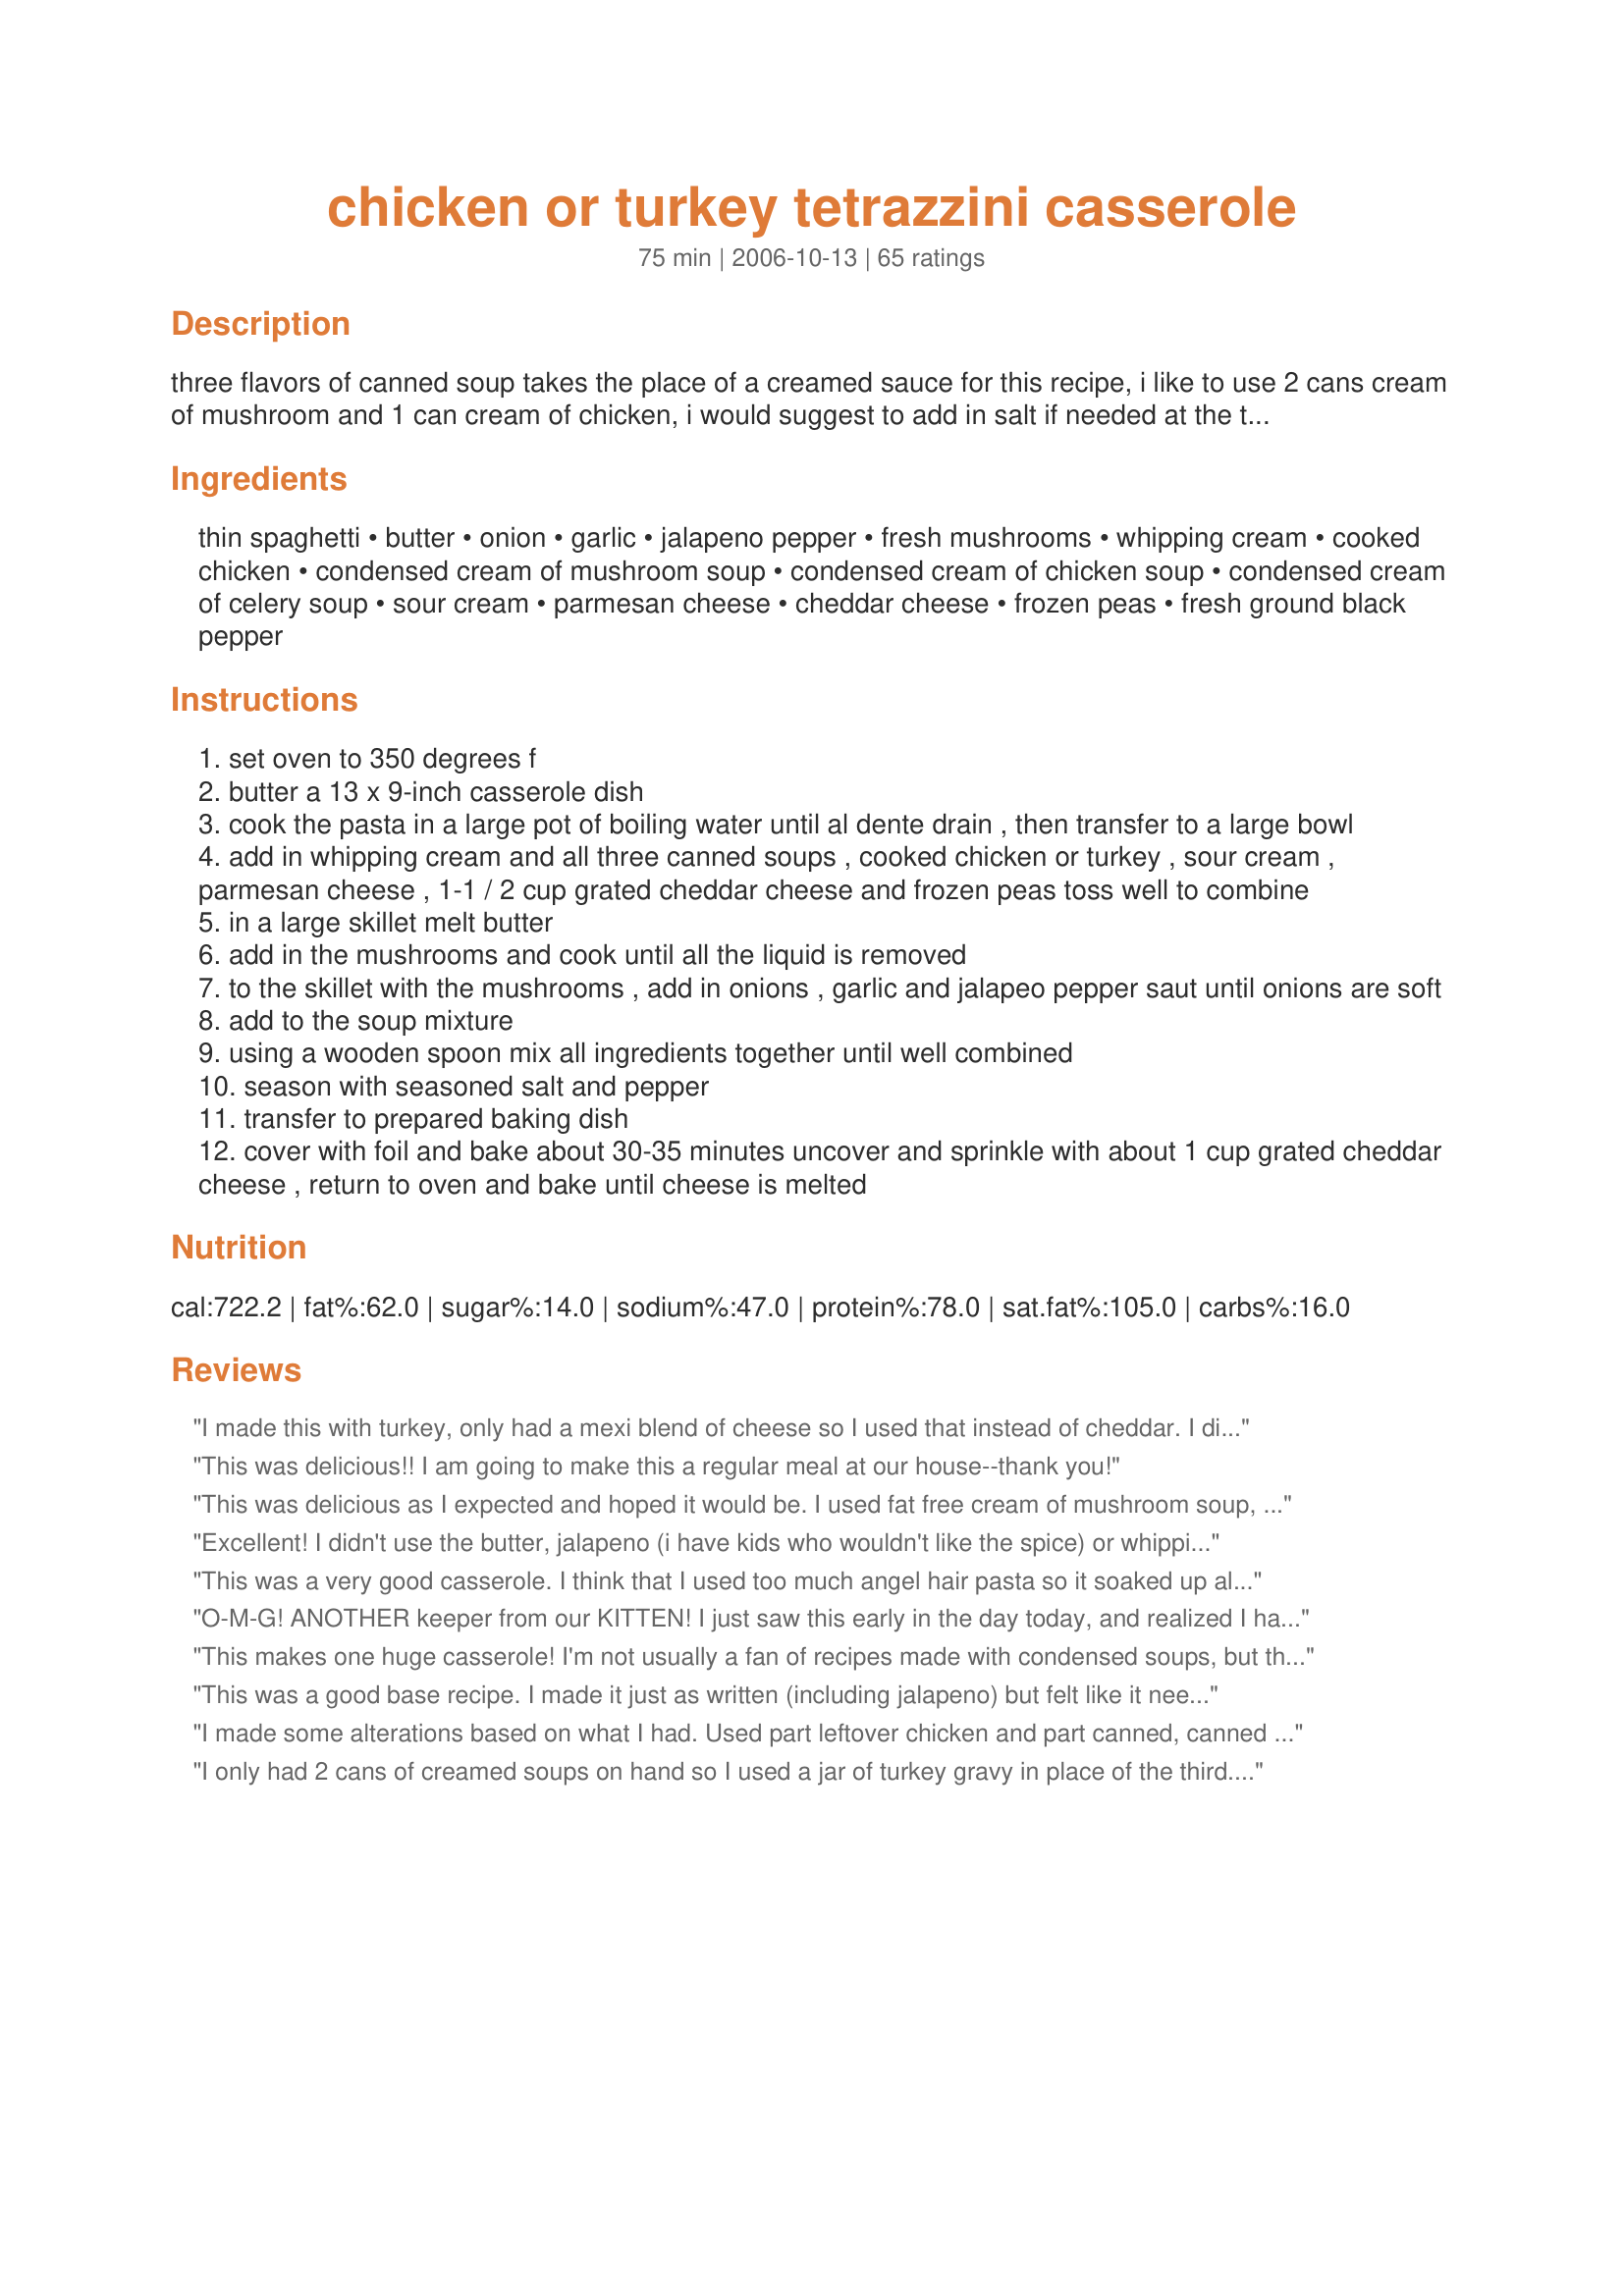
chicken or turkey tetrazzini casserole
Preparation time: 75 minutes

three flavors of canned soup takes the place of a creamed sauce for this recipe, i like to use 2 cans cream of mushroom and 1 can cream of chicken, i would suggest to add in salt if needed at the table as the creamed soups have enough salt already added . this is really good! :)

Ingredients:
thin spaghetti, butter, onion, garlic, jalapeno pepper, fresh mushrooms, whipping cream, cooked chicken, condensed cream of mushroom soup, condensed cream of chicken soup, condensed cream of celery soup, sour cream, parmesan cheese, cheddar cheese, frozen peas, fresh ground black pepper

Steps:
set oven to 350 degrees f
butter a 13 x 9-inch casserole dish
cook the pasta in a large pot of boiling water until al dente drain , then transfer to a large bowl
add in whipping cream and all three canned soups , cooked chicken or turkey , sour cream , parmesan cheese , 1-1 / 2 cup grated cheddar cheese and frozen peas toss well to combine
in a large skillet melt butter
add in the mushrooms and cook until all the liquid is removed
to the skillet with the mushrooms , add in onions , garlic and jalapeo pepper saut until onions are soft
add to the soup mixture
using a wooden spoon mix all ingredients together until well combined
season with seasoned salt and pepper
transfer to prepared baking dish
cover with foil and bake about 30-35 minutes uncover and sprinkle with about 1 cup grated cheddar cheese , return to oven and bake until cheese is melted

Reviews:
I made this with turkey, only had a mexi blend of cheese so I used that instead of cheddar. I did have the parm. though. This casserole turned out wonderful, followed per directions (even the jalapeno) except for using the cheese mix. Very good, will cut and wrap in individual servings and put in a gallon zip lock and freeze for future meals. Very good. One more thing I did different was to not use the whole amount of thin spaghetti I just added to the sauce a little at a time so I would have enough sauce for it. I also broke the pasta in half before cooking.
This was delicious!! I am going to make this a regular meal at our house--thank you!
This was delicious as I expected and hoped it would be. I used fat free cream of mushroom soup, low fat sour cream and 2 percent milk instead of the cream...and added thinly sliced celery....it was a big hit Kit...thank you..added a side salad and it was a lovely lunch for my daughter and mother-in-law!<br/><br/>UPDATE - made this again and added a cup of peas - we love it!
Excellent! I didn't use the butter, jalapeno (i have kids who wouldn't like the spice) or whipping cream, & instead subbed chix broth. I was also out of spaghetti so I used egg noodles! Even with all my substitutions, it was very tasty! My 16 month old ate an adult sized portion! Thanks!
This was a very good casserole. I think that I used too much angel hair pasta so it soaked up all the creamy sauce and I left out the jalenpeno which I think would give it just the right kick. So next time I'll follow the recipe exactly! :-) But, even then it was yummy!
O-M-G! ANOTHER keeper from our KITTEN! I just saw this early in the day today, and realized I had everything on hand to make the dish. I too prefer thin spaghetti or vermicelli, so that's all I ever have on hand. I rarely buy cream, so I did as I normally do, and sub'd whole evaporated milk....I also like the extra richness and taste of evaporated milk. Had layed chicken stips in the refridge last night to use in "something" for tonight. There isn't a single ingredient in this recipe that isn't a favorite of mine, so it made for an over the top meal, with mucho leftovers...nothing here that won't freeze well! Ya know, KITTEN, I long ago started going through your massive number of cookbooks, and I have to say, ne'r a day goes by that I don't come across something in "reviews" that I would reject. I'll never get through the cookbooks, but the "tried" recipes keep me in the kithcen! This is just another JEWEL from your cooking experience.
This makes one huge casserole! I'm not usually a fan of recipes made with condensed soups, but this one was pretty good. The mushrooms sauteed in butter is the crowning glory.
This was a good base recipe. I made it just as written (including jalapeno) but felt like it needed something. I made it again, but this time added some canned fried onions to the mixture, then sprinkled some on top when I put it back in the oven. I thought it added just the right amount of flavor. I'll definitely be making it again. Thanks!
I made some alterations based on what I had. Used part leftover chicken and part canned, canned mushrooms, no jalepenos since a little one was eating it, no cream so I whisked a tbsp of mayo with about 3 tbsp of milk, 1/2 jar of pimentos, and preminced garlic.<br/>This stuff is awesome for cold snowy days!!
I only had 2 cans of creamed soups on hand so I used a jar of turkey gravy in place of the third. This final product was delicious, so I recommed using a jar of gravy if you, too, are short on creamed soup (and don't feel like running to the store). 

The reviewer before me (akgrown) commented that she would use less pasta next time so all the sauce does not get absorbed. I suggest following the recipe but using a whole can of chicken or turkey broth to make sure the pasta does not absorbe all the sauce (making it a tad bit dry).

I intentionally used a whole can of chicken stock because I intended to freeze half for later It is my experience that freezing a pasta dish, even unbaked first, requires a bit more liquid than if baked immediately. THe half I did bake immediately was perfect, even with the additional liquid.

Oh, I did not add the parmesan cheese mixture of peas to the mixture. The parmegan cheese was omitted so it would not absorbe liquid--I put the shaker out when we eat. The peas were omitted but I did serve separately cooked peas on the side.

Next time I make it I shall either substitute another can of creamed soup or gravy for the sour cream. One person in the family does not like sour cream and it can be detected in the final result. Even with this one complaint (from a soup cream hater), I give it 5 starts--it's an easy thing to fix.
Great comfort food. I used chicken, fresh mushrooms, and added all of the optional ingredients. DH repeated how good it was a couple of times. Thanks for another winner, Kitten.
Another sterling recipe from Kitchencal! I cut the recipe in half and it worked perfectly. I used a bit more soup than the recipe called for and had no jalapenos but other than that followed the recipe. It was delicious!&lt;br/&gt;I just finished eating a goodly portion and have a very contented feeling in my tummy. Thanks for posting this.
YUM!! This tetrazzini is awesome! Although I think it could have used a half a cup or so of milk, it was still creamy, not dry like every other tetrazzini I&#039;ve tried. The turkey I used had been smoked so that added a whole other level of deliciousness. Thanks for the keeper!
Yummmm.....great way to use up the last of the Thanksgiving Turkey! We loved it....
Hubby and I were not fans of this at all. My friend enjoyed it though so I let her take it all home. I don't know what went wrong...
This was great! I loved how easy it was. I didn't try to jalapeno, but I think I will next time. Very good! I cut the recipe in half and still had a ton of it. My husband devoured most of the pan and he's not a huge pasta lover. Thanks Kittencal!
Delicious! This was my first attempt at making tertazzini & it came out perfectly! This was so creamy and yummy, it is a definite keeper & it'll be perfect for cold winter days. I did not have Parmesan & I ran out of cheddar so I supplimented the cheese portion with some grated mozzarella (worked well). I also completely forgot to add seasoning but it still tasted lovely. I would probably add some more peas next time around, and DH suggested using a thicker ribbon pasta as well, but personally, I think it is pretty much perfect as it - thanks for a yummy recipe!
This recipe was excellent. I didn&#039;t add any peas because I don&#039;t like peas. This recipe made two decent size dishes so I froze one of them. I also didn&#039;t have any spaghetti noodles so I used penne. My family loved this. I was skeptical about the jalapeno because I don&#039;t care for spicy foods, and it was not spicy in the least. I would actually consider adding another diced jalapeno the next time I make this.
Hey there, Kittencal-

This recipe was absolutely excellent! We loved it. I used chicken. Turkey would have been great but is a lot harder to come by than chicken. I cannot believe how good this was!!!!!!!!! Total comfort and winter food. This is probably one of my favorite recipes that I have found here on zaar and I have made many recipes on here. A definte keeper. Everyone NEEDS this recipe! Thank you, KC. :-)
Yet another recipe that I've prepared for my Bible Study group...12 adults/12 kids under five tested and appproved! I just finished the leftovers and it was even better the next day! I omitted the jalapeno pepper and found that the garlic and onions were sufficient for flavor and heat. The peas added a nice touch and to top off an already excellent recipe, I purchased a couple of roasted chickens. Another hit from Kittencal!
This was very good and extra rich! My personal opinion was that it was too thick for me, and perhaps next time I will use milk instead of the cream to make it less heavy and thick. I used a bit less noodles so that it would be slightly more saucy and it was perfect. I might also add chopped celery as I think this will add more flavor and texture. Thanks!
Great creamy taste! I modified this to make it a bit healthier, and cut the recipe in half while at it. I used Pasta Roni fettucinne, skim milk in place of cream, 2% cottage cheese for sour cream, and used 1/2 can each of cream of mushroom and cream of chicken & it came out great. Great for a snowy evening. Thanks for a good one.
This was wonderful. My only change was I used 1 cup of chicken broth instead of 1/2, I used 1/2 cup of grated smoked gouda cheese in the casserole instead of cheddar (just cause thats what I had on hand)and I added 1-1/2 chopped red bell pepper (for color & flavor) sauteed with the onions and mushrooms. It turned out moist and flavorful. Everyone gave it 5 stars and is looking forward to tomorrows left-overs. Thanks Kittencal!!
We loved this recipe. I did make some mods since the original recipe was so high in fat, and after thanksgiving I was scared to make it. I used milk instead of cream, lowfat sour cream, low fat cheeses, and the healthy quest soups from Campbell's and didn't add any salt. I used leftover turkey...and next time won't use so many mushrooms. Despite all that it still tasted great!!!! DH had seconds and took a big container of it for lunch. This is a winner..will make it again!!!
This was the best tetrazzini i've ever had. Very flavorable. It was a very good wintery meal and i will definitely make this again.Thank you Kittencal!
This was good, but gosh what a "gut bomb"! This casserole is super rich and heavy. I used turkey, omitted one can of soup, cut back on the amount of pasta, skipped the jalapeno, used garlic powder, whole milk and added peas. It is really tasty, but you can't eat much at one time. It is definitely not figure friendly. Give it a try. I am sure you will enjoy.
Made this using frozen left over turkey from Thanksgiving. Entire family loved it. Used angle hair pasta as in place of thin spaghetti as that is our favorite. It is very rich, which I like; however, it did give some of my guests heartburn so don't let the great taste make you over fill yourself! (I will admit, those that got heartburn had seconds, which was their fault, not the recipes!) Thank you for sharing this recipe, I will be making this again!
This recipe is fantastic, and perfect for the holidays. Yes, it is rich and cheesy, but it isn't listed in the diet section. This is a hearty meal that can feed a crowd! We loved it!
Kitten,have made this many times,love it,i dont usually bake mine,but tonight I am.Thanks.
I just made this for dinner and it was wonderful. The only change I made was I didn't add any jalapeno's, we have little ones. I have enough leftover for another meal. Thanks for posting!
perfect for Thanksgiving leftovers! My Family of three had two servings and it was almost gone the first night. I will definitely use this recipe again.
This is the first recipe I have ever followed line by line and I would not change a thing! I had a ton of shredded chicken to use up so I searched "Chicken Casserole" and found this. Perfect, and as you stated it really doesn't need extra salt. I made the full recipe even though it's just my husband and I, so now we've got a dinner and lunch in the freezer for next week. Thanks for such a great recipe!
Well, this was an interesting one for us. I love Chicken/Turkey Tetrazzini, always have.. but I hate mushrooms...and I hate celery (don't mind the flavors. My British wife has never had it..she hates sour cream, jalapeno's and parmesan cheese and celery! I followed the recipe, except that I tossed the soups with the mushrooms, jalapeno in the blender and liquidized it. She said it was wonderful. I say it ranks up there with the best I've ever had. Only thing I would change is what another mentioned..breadcrumbs to give it a little bit of a crunchy top..but the flavor is perfect!!!

Thanks for another winner Kittencal!
It was a bit sour cream heavy. I also didn't like the taste the cream of celery gave it. If I'd make again, I'd def use 2 cans of mushroom instead.
Made this exactly as written....loved it! We made this in two pans and gave one pan to our neighbor who also loved it and requested a copy of the recipe. I will add more fresh mushrooms next time. Thanks so much for posting!
Kitz this was such a flavorful meal. Made this for my small group bible study. I doubled the recipe for the group. I have discovered that I'm thin spaghetti challenged. I could not get everything mixed (of course I had a huge amount). The spaghetti ended up in a big ball with all the other ingredients surrounding it. Next time I make this I think I'll use the thicker wheat spaghetti, mix all the ingredients together and pour over the spaghetti and forget about trying to mix them. With that said, once cooked, the flavors were outstanding. Thanks my friend
DH and I absolutely loved this. I gotta say, tho, that if you think this feeds eight - then you must have all lumberjacks for friends! Not a problem though - I just froze half of it and ate it later. Absolutely awesome flavors. Thanks again for another wonderful recipe, Kittencal!
Only changes I made were to sub milk for cream, fresh organic broccoli for frozen peas, and whole wheat rotini for spaghetti. Whole fam, including brother and his best friend, loved it. Only problem was finding room in the fridge for leftovers, but they will be gone by tomorrow.
Love this! I used a little celery seed since I didn't have a can of cream of celery, and used diced green chilis since that's what I had on hand. My kids prefer fettuccine noodles, and that worked great too. Kittenkal, thanks again for a marvelous recipe!
For those who like classic american casserole fare, this is a winner. It&#039;s extremely rich, and the cream is overkill. Use milk or even water instead. Light sour cream is also fine. I subbed out sliced celery for the peas with good results--just be sure to keep lots of veggies in it or it will be intolerably heavy.
I'm NEVER disappointed w/Kittencal's recipes. I had a Sunday evening to bring my family of 5 together and spend time together eating. They got 3rd's at the table and were discussing how after school on Monday how they'd split the leftovers. My picky husband loved it so he may have to fight the 2 teenagers today for leftovers after school and work. Thanks Kittencal, you're my inspiration!
Really tasty. I don't like all the chemicals and artificial stuff in the canned soups so I made a thick bechamel sauce instead. A lovely meal that the whole family enjoyed and a great way to use up chicken! Thanks!
This was outstanding Kitten. Excellant flavour, cheesey, but not heavy, filling and very comforting. Thanks so much for sharing. I will be making this easy casserole again. I used portabella mushrooms, jalapeno peppers, onion and shallots, parmesan, cheddar and jarlsberg cheeses. This was very yummy.
I thought this was a good base recipe. I added some more pepper, garlic, and a lil basil. wish I would've used a lil less sour cream and another can of mushroom soup instead of the celery soup. I will be making this one again.
I had some leftover turkey legs to use up and chose your recipe. We loved this dish. The jalapeno in this doesn't make it hot, just adds some nice flavor. I will use this recipe whenever we have some leftover poultry. Thank you so much for sharing this recipe with us, we love it.
Love this casserole! I used all the listed ingredients and it does make a lot but its great reheated! I liked the jalapeno but used too much (my own fault) so next time I'll cut back. I also added an extra can of chicken broth to keep everything moist. Next time I'm going to try ritz cracker crumbs along with the cheddar topping. Thanks Kittencal!
This is hands-down, THE BEST tetrazzini I&#039;ve ever made. I cut the butter and used low fat soups/sour cream - just delicious! My special addition was using smoked chicken - gave a unique taste and the smokiness really came through in the dish. Thanks so very much!!!
Oh, so very, very good! EXACTLY what I was looking for. <br/>I love Turkey Tetrazzini, but have never made it myself. This is it! This is what I wanted, exactly!<br/>I used a can of chicken instead of turkey, canned mushrooms (like the recipe suggested), light sour cream and eliminated the onion (sadly I'm allergic). I eliminated the butter, because instead of having to saute the mushrooms I used canned. I used jarred, pickled jalepenos, diced them up, added them to the mushrooms and garlic. I also cut back the cheddar cheese by 1/2 Cup to try to cut a few calories out. I made a half of a batch, so I used only the cream of mushroom and cream of chicken soups, as the recipe had the cream of celery as optional. <br/>I always try to make the recipe as close to the original as I can the first time I make it. The only alterations I made were to cut the calories a little. If you wanted, you could substitute the cream for 2 percent milk, as there is very little added to the recipe and I don't think it would make much difference. <br/>I would suggest mixing all of the ingredients in a seperate bowl first, until thoroughly mixed and then mixing it into the cooked noodles. Its kind of hard to stir into the spaghetti, and having to stir each ingredient as you add it is a bit of a pain. This is what I am going to do next time I make it.<br/>This was excellent, and I have added it to my favorites so I can make it again. The servings are huge, so really the calorie total is for a large serving. In looking at my batch that I made, which I scaled down to 4 servings, I can easily get 6 servings out of it.
Oh so good!!! I made it as stated except I left out the jalapeno and used milk instead of whipping cream. I used fresh mushrooms and leftover turkey.
Excellent dish. I made as directed, and it turned out great. I omitted the optional ingredients, and went for the turkey version. When I make this next time, I think that I will add a bit more cream, as I would like it a little creamer, but that is a very small thing. Overall fantastic taste and texture. 5 stars for sure. Thanks once again for a great recipe.
Tasted very good. Used turkey. Will make again.
This is excellent. I broke the spaghetti into two inch portions before cooking it so they wouldn't be so long. I didn't have a jalapeno, so I used a green pepper. I also used closer to 1/2 cup of whipping cream, used 2 cream of mushroom, and 1 cream of chicken, added some white wine and also about 4-5 ounces of cream cheese. I didn't have plain cheddar, so I used a combo of monterey jack and cheddar. It turned out perfectly! Great way to use up my leftover turkey! Thanks!
Loved it! Skipped the mushrooms (didn't have any), and used only Parmesan (prefer it for tetrazzini - about 1/2 cup in sauce, 1/4 cup on top). Mixed all ingredients besides pasta (used linguine), and then mixed (much easier as mentioned!) Did not add salt, as recommended.<br/><br/>I've made a much more labor-intensive tetrazzini for years, but this is now my favorite!!! Thanks! :)
This was a great recipe! Both my husband and I loved it! I froze half of it, and I am looking forward to eating it again. I also didn't add the parmesan, and it wasn't really missed. This is such a rich recipe that it was fine without the extra cheese. Thanks for the dinner idea!
I cut the recipe in 1/2 so I used 1 can of chicken and 1 of mushroom.
I had no jalapenos, instead I used Kraft Tex-Mex cheese.
This was really good and creamy, even better left over.
Excellent recipe!
This was very easy to make and very good, I tried a different tetrazzini recipe before and was not happy at all. I had to cut this down a little because its just my husband & I...but I made the mistake of keeping the amount of cheese. The meal itself was very good, I just have to remember next time to use less cheese. Thank you so much for another great recipe.
I used a pound of ground turkey and it was excellent. I prefer a thicker pasta, so I used linguine. I also skipped these ingredients that I did not have on hand; jalepenos, mushrooms, Parmesan cheese, butter, garlic and frozen peas. My little brother has a really hard time with onions, so also omitted those. I can&#039;t imagine that this dish could get any better. Thank you, Kittencalskitchen!
KIT this casserole is outstanding, I left out the fresh garlic and used a small amount of granulated garlic powder, I left out the jalapeno pepper (okay call me a whimp!) we gobbled this up there was nothing left at all, this is winner, thank you!
I made these using the low fat versions of the soups, and sour cream. I also used fat free half and half for the cream and low carb pasta. I made it vegetarian by using Quorn tenders instead of turkey or chicken, just added them frozen to the casserole mixture before putting it in the oven. Even with all of these substitutions, it was still fantastic and enjoyed by the entire family. That doesn&#039;t happen often with my picky family. I have a feeling they will be requesting this again!
Excellent recipe. I made it as directed and we didn't have one bite of leftovers. Thank you!
Yum! This is a little time consuming, but not as bad as I expected. I ran out of shredded cheese for the top, so I used sliced American and will use it again when I make this next time. I didn't add the jalapeno, but the flavor was lacking something, so next time I will be sure to add it. I will rate again after a re-make with the pepper. Oh, I also added green bell pepper since it needed to be used. I think that I will do that next time, too. Maybe red bell pepper... Oh, I'll let you know!
FANTASTIC! I used two cans of cream of mushroom instead of the cream of celery/cream of mushroom, and I used fresh mushrooms. Also added peas. This was much easier than I thought it would be to make, and it came out great. So much food... next time, we'll serve when we have friends over! Thank you for posting yet another fabulous recipe!
This is delicious and so very easy. It was difficult to stop eating it. I cut the recipe in thirds, and used 1 can of cream of chicken soup. I also used pickled jalapeno peppers, cut into small pieces. Terrific flavour, and reheats nicely. Even cutting the quantity down, there was still more than enough for two people. I would expect the full version would be a wonderful amount for company. I'll be making this again soon. Thanks Kittencal. Anytime I see your name, I know I'm getting something yummy.
I liked this also. The only thing for the next time would be for me to eliminate the cream of celery. (personal preference) I cooked this on the stovetop because I was very lazy. This makes a ton! I loved the kick of the jalapeno. I will be packing the rest in the freezer for future meals. Thank you for the recipe.
Great recipe, but made some changes. First, 16 oz of pasta was way too much, I used about 8-10 oz. I added red pepper flakes instead of a jalapeÃ±o. I also cooked the casserole for an hour (stirring it occasionally) because I used UNCOOKED Italian marinated chicken. To finish, I topped with cheddar cheese, parmesan, and a cup of breadcrumbs (which I sprayed with a little bit of butter to crisp and create a nice crust). Next time, I think I'll add a splash of white wine as well. For the first time attempting this dish, it came out very tasty!
